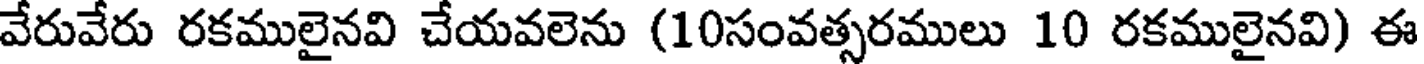
వేరువేరు రకములైనవి చేయవలెను (10సంవత్సరములు 10 రకములైనవి) ఈ